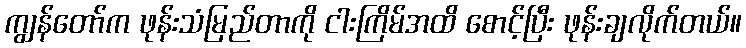
ကျွန်တော်က ဖုန်းသံမြည်တာကို ငါးကြိမ်အထိ စောင့်ပြီး ဖုန်းချလိုက်တယ်။